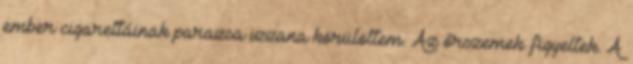
ember cigarettáinak parazsa izzana körülöttem. Az őrszemek figyeltek. A